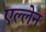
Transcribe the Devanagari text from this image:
एल्लेन